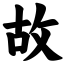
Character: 故